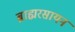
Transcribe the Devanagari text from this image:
ब्राह्मरसायन